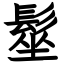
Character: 髽